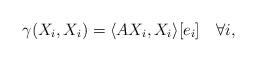
LaTeX: \begin{align*} \gamma(X_i,X_i)=\langle AX_i,X_i\rangle [e_i]\quad\forall i, \end{align*}